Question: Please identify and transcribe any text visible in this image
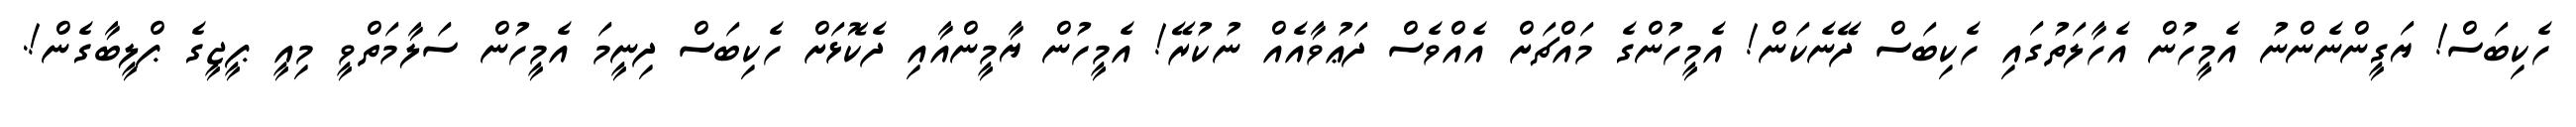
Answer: ހެކިބަސް! ޔަގީންނެންނު އެމީހުން އެހާލަތުގައި ހެކިބަސް ދޭނެކަން! އެމީހުންގެ މައްޗަށް އެއްވެސް ދަޢުވާއެއް ނުކުރޭ! އެމީހުން ޔާމީންއާއި ދެކޮޅަށް ހެކިބަސް ދިނީމަ އެމީހުން ސަލާމަތްވީ މިއީ ޕީޖީގެ ޕްލީބާގެން!.